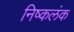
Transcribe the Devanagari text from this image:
निष्‍कलंक